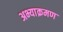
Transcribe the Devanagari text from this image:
अभ्याक्रमण